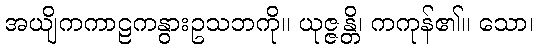
အယျိကကာဠကနွားဥသဘကို။ ယုဇ္ဇန္တိ၊ ကကုန်၏။ သော၊